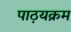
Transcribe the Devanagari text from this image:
पाठ़यक्रम